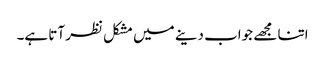
اتنا مجھے جواب دینے میں مشکل نظر آتا ہے۔